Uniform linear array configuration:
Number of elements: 8
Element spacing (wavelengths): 0.25
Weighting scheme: hann
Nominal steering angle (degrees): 30
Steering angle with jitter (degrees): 31.757
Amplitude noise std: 0.05
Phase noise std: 0.05

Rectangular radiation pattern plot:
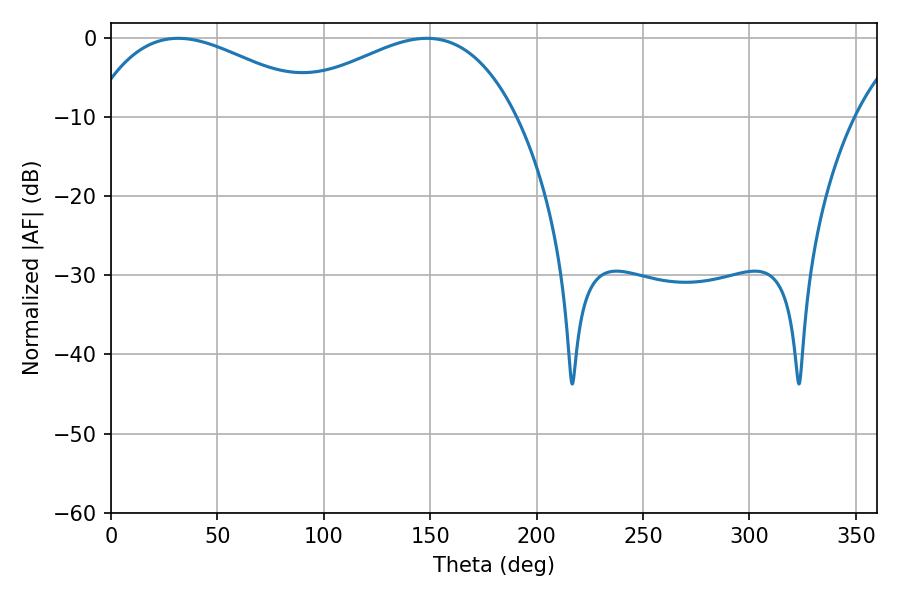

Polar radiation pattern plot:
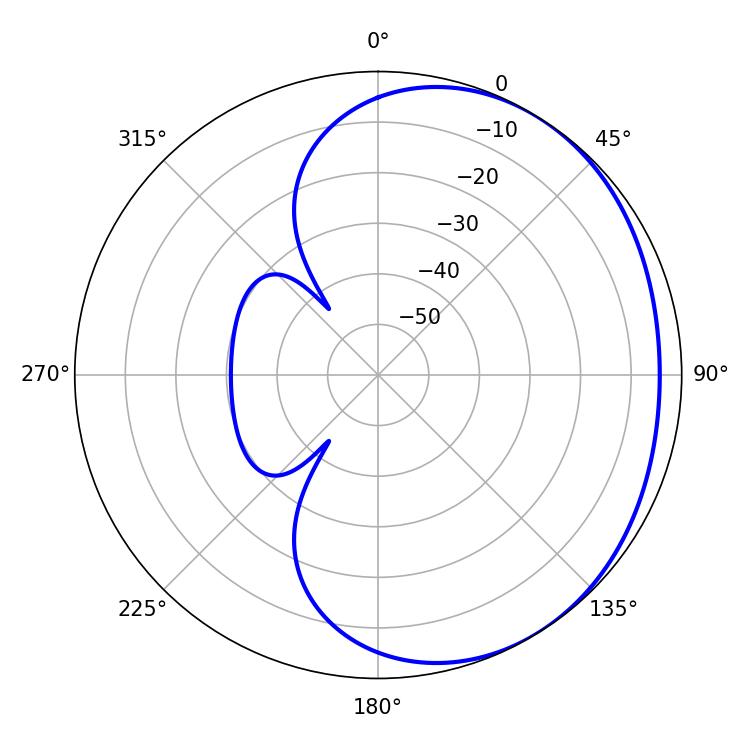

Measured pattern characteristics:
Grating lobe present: FALSE
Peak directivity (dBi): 1.996
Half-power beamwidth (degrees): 60.66
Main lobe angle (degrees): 31.5